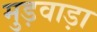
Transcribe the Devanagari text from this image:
मुड़वाड़ा